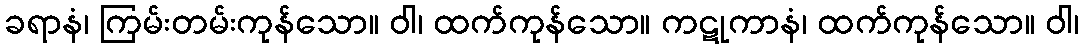
ခရာနံ၊ ကြမ်းတမ်းကုန်သော။ ဝါ၊ ထက်ကုန်သော။ ကဋုကာနံ၊ ထက်ကုန်သော။ ဝါ၊